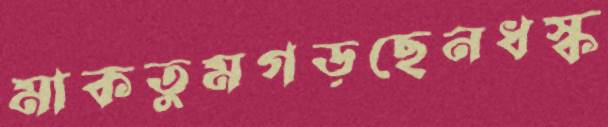
মাকতুমগড়ছেনধস্‌ক